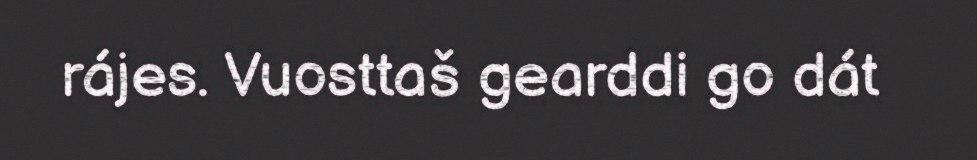
rájes. Vuosttaš gearddi go dát